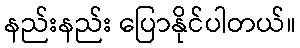
နည်းနည်း ပြောနိုင်ပါတယ်။